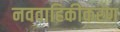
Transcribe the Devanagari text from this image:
नववाहिकीकरण